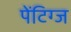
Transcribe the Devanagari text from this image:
पेंटिग्ज